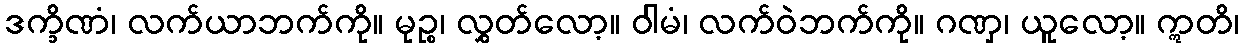
ဒက္ခိဏံ၊ လက်ယာဘက်ကို။ မုဉ္စ၊ လွှတ်လော့။ ဝါမံ၊ လက်ဝဲဘက်ကို။ ဂဏှ၊ ယူလော့။ ဣတိ၊